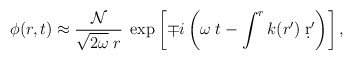
\begin{align*}\phi(r,t) \approx {{\cal N}\over\sqrt{2\omega}\;r}\;\exp\left[\mp i\left(\omega\;t - \int^r k(r') \; \d r'\right)\right],\end{align*}